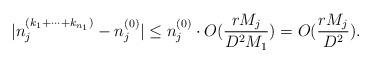
LaTeX: \begin{align*}|n_j^{(k_1+\dots+k_{n_1})}- n_j^{(0)}| \le n_j^{(0)} \cdot O(\frac{rM_j}{D^2 M_1}) =O(\frac{rM_j}{D^2}).\end{align*}